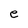
Character: e